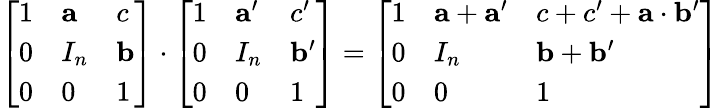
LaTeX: {\left[\begin{array}{lll}{1}&{\mathbf{a}}&{c}\\ {0}&{I_{n}}&{\mathbf{b}}\\ {0}&{0}&{1}\end{array}\right]}\cdot{\left[\begin{array}{lll}{1}&{\mathbf{a}^{\prime}}&{c^{\prime}}\\ {0}&{I_{n}}&{\mathbf{b}^{\prime}}\\ {0}&{0}&{1}\end{array}\right]}={\left[\begin{array}{lll}{1}&{\mathbf{a}+\mathbf{a}^{\prime}}&{c+c^{\prime}+\mathbf{a}\cdot\mathbf{b}^{\prime}}\\ {0}&{I_{n}}&{\mathbf{b}+\mathbf{b}^{\prime}}\\ {0}&{0}&{1}\end{array}\right]}